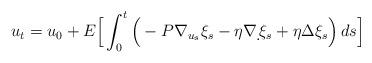
LaTeX: \begin{align*} u_t = u_0 + E\Big[\int_0^t\Big(-P\nabla_{u_s}\xi_s - \eta\nabla\d\,\xi_s + \eta\Delta\xi_s \Big)\,ds \Big]\end{align*}